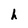
Character: h